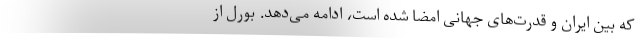
که بین ایران و قدرت‌های جهانی امضا شده است، ادامه می‌دهد. بورل از